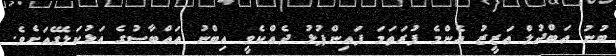
ބުނު ޢަބްދުލް ޢަޒީޒު އެންމެ ފުރަތަމަ ފައިންޕުޅު ދެއްކެވީ އިބްނު ޢައްބާސުގެ އަޅުކަލޭގެއަށެވެ.